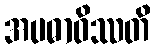
အပဓာဝိဿတိ